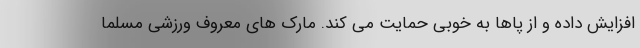
افزایش داده و از پاها به خوبی حمایت می کند. مارک های معروف ورزشی مسلما